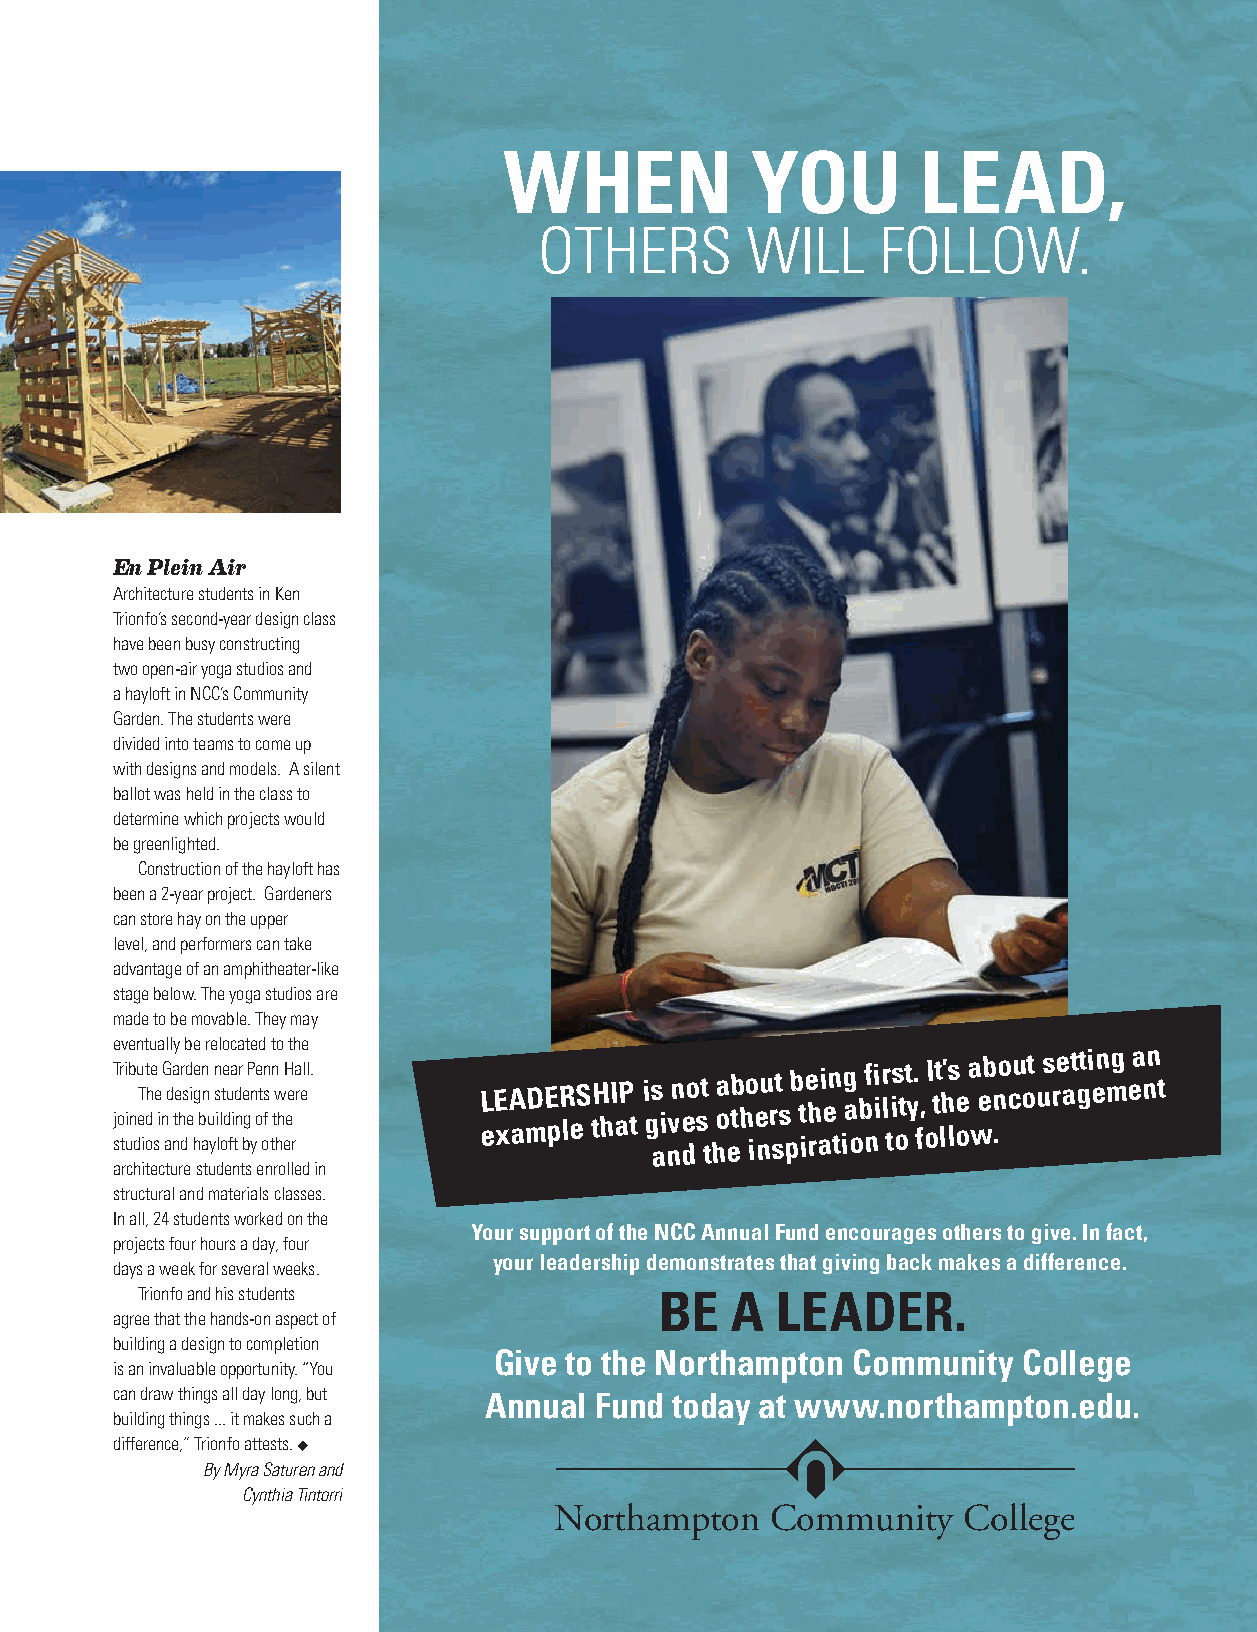
WHEN            YOU        LEAD,
 OTHERS        WILL    FOLLOW.
 En Plein Air
 Architecture students in Ken
 Trionfo’s second-year design class
 have been busy constructing
 two open-air yoga studios and
 a hayloft in NCC’s Community
 Garden. The students were
 divided into teams to come up
 with designs and models. A silent
 ballot was held in the class to
 determine which projects would
 be greenlighted.
 Construction of the hayloft has
 been a 2-year project. Gardeners
 can store hay on the upper
 level, and performers can take
 advantage of an amphitheater-like
 stage below. The yoga studios are
 made to be movable. They may
 e
 T j sor
 tv
 i i
 ue
 b n
 dn
 u eT
 it
 t d
 ohu
 e se
 ia
 nG
 al
 d
 l
 a
 nty
 e hr
 dsb
 d e
 ie
 he g b an
 nr
 u
 y
 e
 n s i
 ll
 l
 oteo
 du
 fac
 i td
 na
 r e bg
 t
 P
 ne
 y
 oe
 td
 ofn s
 t
 t
 n tw
 ho
 h eH
 eet rh
 a r
 ee
 ll .        L eE xA amDE pR leS tH hI aP t i gs ai nvn e do s t
 t
 ha o eb th o ie nu r st s pb t ie h rai en
 t
 ig a
 o
 b nfi i r l tis ott y . f,
 o
 I tt lh’ ls oe a
 w
 eb n .o cu ot us re at gti en mg ea nn t
 architecture students enrolled in
 structural and materials classes.
 In all, 24 students worked on the
 Your support of the NCC Annual Fund encourages others to give. In fact,
 projects four hours a day, four
 your leadership demonstrates that giving back makes a difference.
 days a week for several weeks.
 Trionfo and his students           BE   A  LEADER.
 agree that the hands-on aspect of
 building a design to completion
 Give to the Northampton Community  College
 is an invaluable opportunity. “You
 can draw things all day long, but Annual Fund today at www.northampton.edu .
 building things ... it makes such a
 difference,” Trionfo attests. u
 By Myra Saturen and
 Cynthia Tintorri
 Northampton   Community    College